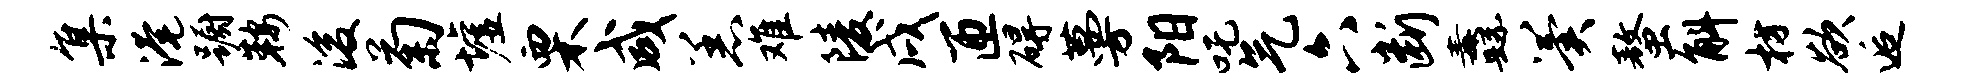
集淹蹰鞍浚菊墟栗咸恙难陵戌匝碍蔓阳吒气六断纛翼螯斛枋欲逅